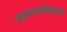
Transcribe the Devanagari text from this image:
बोरघाटमार्गेपुण्याकडे